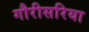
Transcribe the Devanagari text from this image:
गौरीसरिया